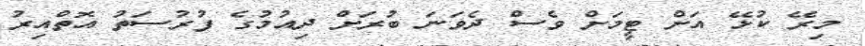
މިރޭ ކުޅޭ އަށް ޓީމަށް ވެސް ދެވަނަ ބުރަށް ދިއުމުގެ ފުރުސަތު އޮތްއިރު